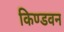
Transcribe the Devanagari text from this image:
किण्डवन